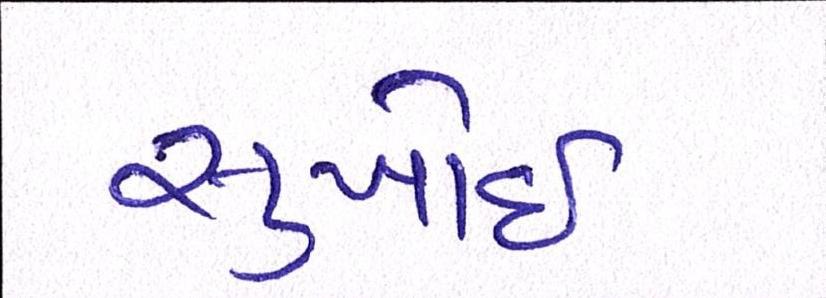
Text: સુખોઈ